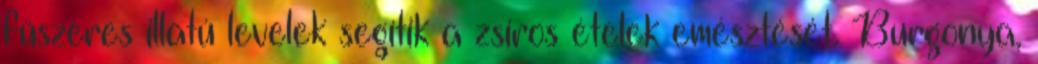
fűszeres illatú levelek segítik a zsíros ételek emésztését. Burgonya,